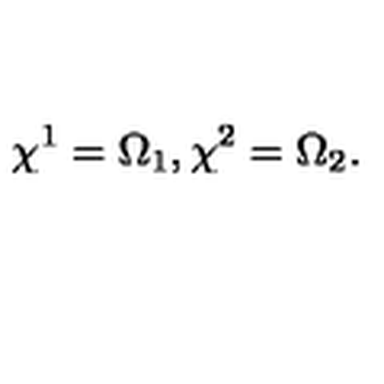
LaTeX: \chi ^ { 1 } = \Omega _ { 1 } , \chi ^ { 2 } = \Omega _ { 2 } .